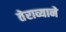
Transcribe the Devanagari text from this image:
तेराव्याने